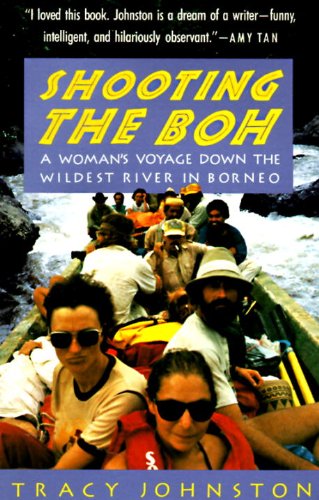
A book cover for Shooting the Boh: A Woman's Voyage Down the Wildest River in Borneo; Tracy Johnston; Travel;